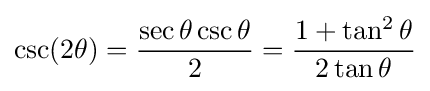
\csc(2\theta )={\frac {\sec \theta \csc \theta }{2}}={\frac {1+\tan ^{2}\theta }{2\tan \theta }}